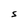
Character: S